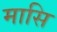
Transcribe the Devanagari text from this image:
मासि